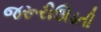
જરૂરીઊડતી